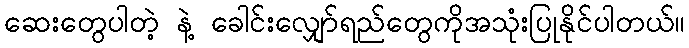
ဆေးတွေပါတဲ့ နဲ့ ခေါင်းလျှော်ရည်တွေကိုအသုံးပြုနိုင်ပါတယ်။